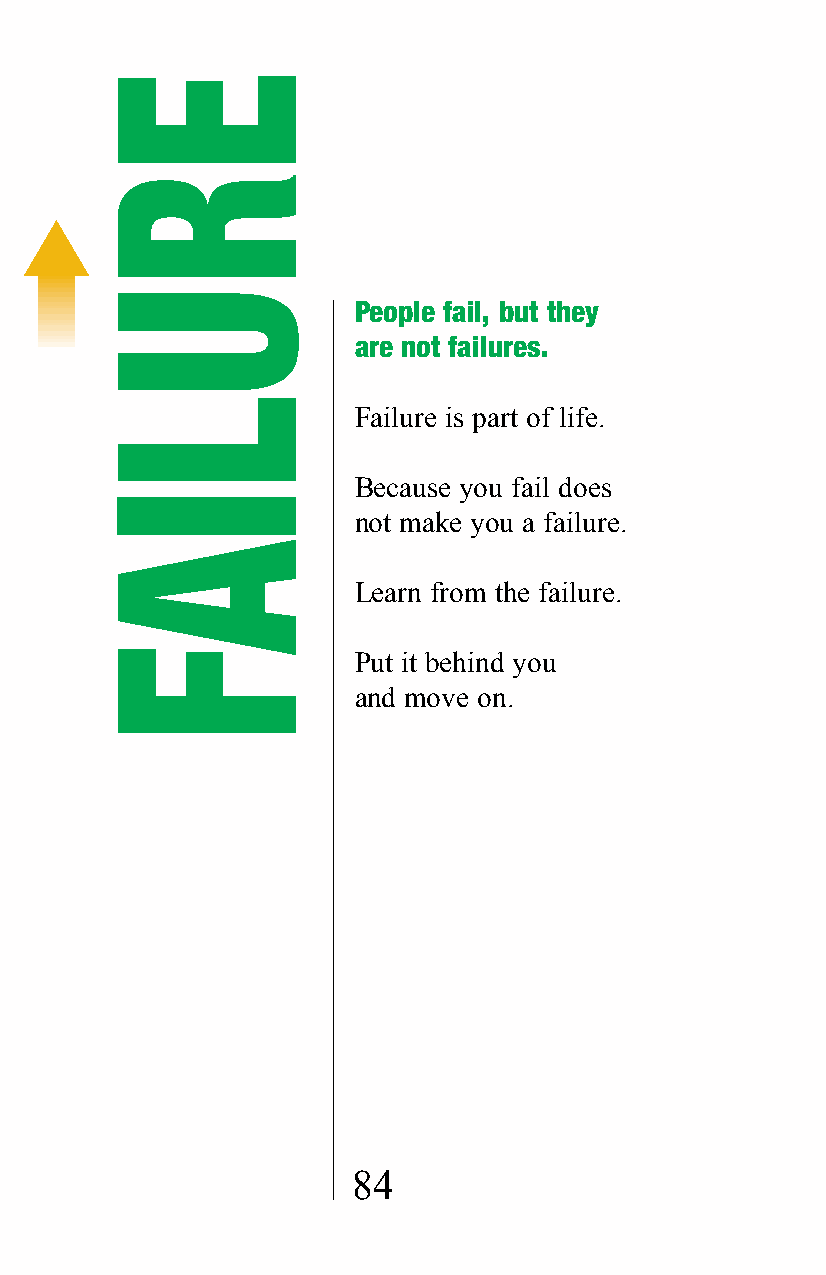
People fail, but they
 are not failures.
 Failure is part of life.
 Because you fail does
 not make you a failure.
 Learn from the failure.
 Put it behind you
 and move on.
 84
 ERULIAF